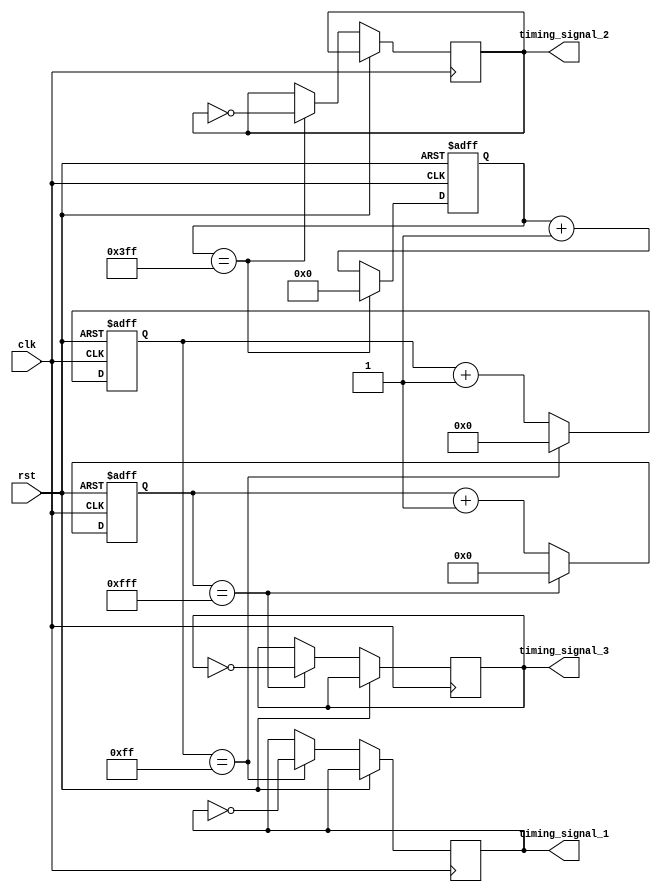
module Multirate_Timer (
    input wire clk,
    input wire rst,
    output reg timing_signal_1,
    output reg timing_signal_2,
    output reg timing_signal_3
);

reg [7:0] counter_1;
reg [9:0] counter_2;
reg [11:0] counter_3;

always @(posedge clk or posedge rst) begin
    if (rst) begin
        counter_1 <= 8'b0;
        counter_2 <= 10'b0;
        counter_3 <= 12'b0;
    end else begin
        if (counter_1 == 8'hFF) begin
            counter_1 <= 8'b0;
            timing_signal_1 <= ~timing_signal_1;
        end else begin
            counter_1 <= counter_1 + 1;
        end
        
        if (counter_2 == 10'h3FF) begin
            counter_2 <= 10'b0;
            timing_signal_2 <= ~timing_signal_2;
        end else begin
            counter_2 <= counter_2 + 1;
        end
        
        if (counter_3 == 12'hFFF) begin
            counter_3 <= 12'b0;
            timing_signal_3 <= ~timing_signal_3;
        end else begin
            counter_3 <= counter_3 + 1;
        end
    end
end

endmodule